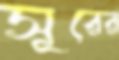
সূরের